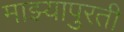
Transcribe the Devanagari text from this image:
माझ्यापुरती